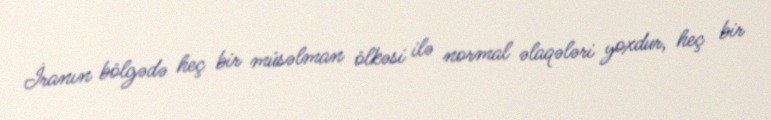
İranın bölgədə heç bir müsəlman ölkəsi ilə normal əlaqələri yoxdur, heç bir